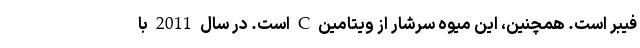
فیبر است. همچنین، این میوه سرشار از ویتامین C است. در سال 2011 با